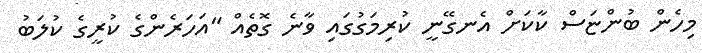
މިހެން ބުންޏަސް ކާކަށް އެނގޭނީ ކުރިމަގުގައި ވާނެ ގޮތެއް "އަހަރެންގެ ކުރީގެ ކުލަބު